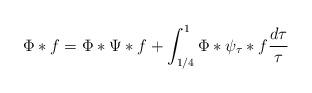
LaTeX: \begin{align*}\Phi \ast f=\Phi \ast \Psi \ast f+\int_{1/4}^{1}\Phi \ast \psi _{\tau }\ast f\frac{d\tau }{\tau } \end{align*}